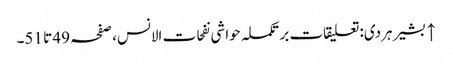
↑ بشیر ہردی: تعلیقات بر تکملہ حواشی نفحات الانس، صفحہ 49 تا 51۔